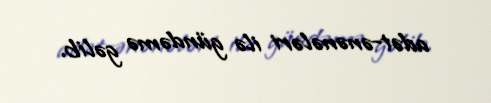
adət-ənənələri ilə gündəmə gəlib.